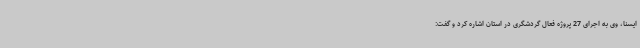
ایسنا، وی به اجرای 27 پروژه فعال گردشگری در استان اشاره کرد و گفت: